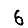
Digit: 6